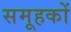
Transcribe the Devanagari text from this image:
समूहकों